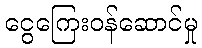
ငွေကြေးဝန်ဆောင်မှု